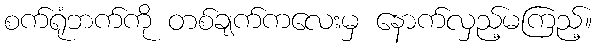
စက်ရုံဘက်ကို တစ်ချက်ကလေးမှ နောက်လှည့်မကြည့်။